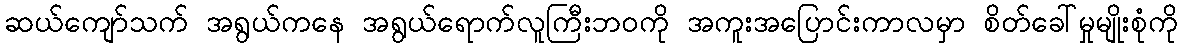
ဆယ်ကျော်သက် အရွယ်ကနေ အရွယ်ရောက်လူကြီးဘဝကို အကူးအပြောင်းကာလမှာ စိတ်ခေါ်မှုမျိုးစုံကို